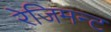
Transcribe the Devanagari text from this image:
रेजिमन्ट